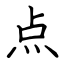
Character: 点